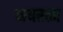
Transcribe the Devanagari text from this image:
नयरत्न